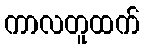
ကာလတူထက်